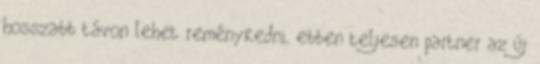
hosszabb távon lehet reménykedni, ebben teljesen partner az új